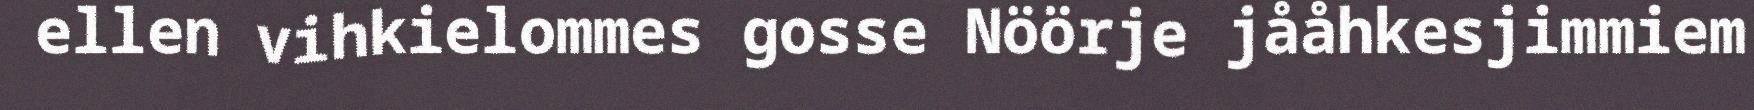
ellen vihkielommes gosse Nöörje jååhkesjimmiem